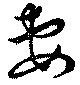
妻